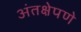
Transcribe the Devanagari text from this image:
अंतक्षेपणे